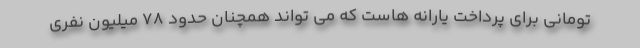
تومانی برای پرداخت یارانه هاست که می تواند همچنان حدود ۷۸ میلیون نفری